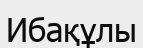
Ибақұлы